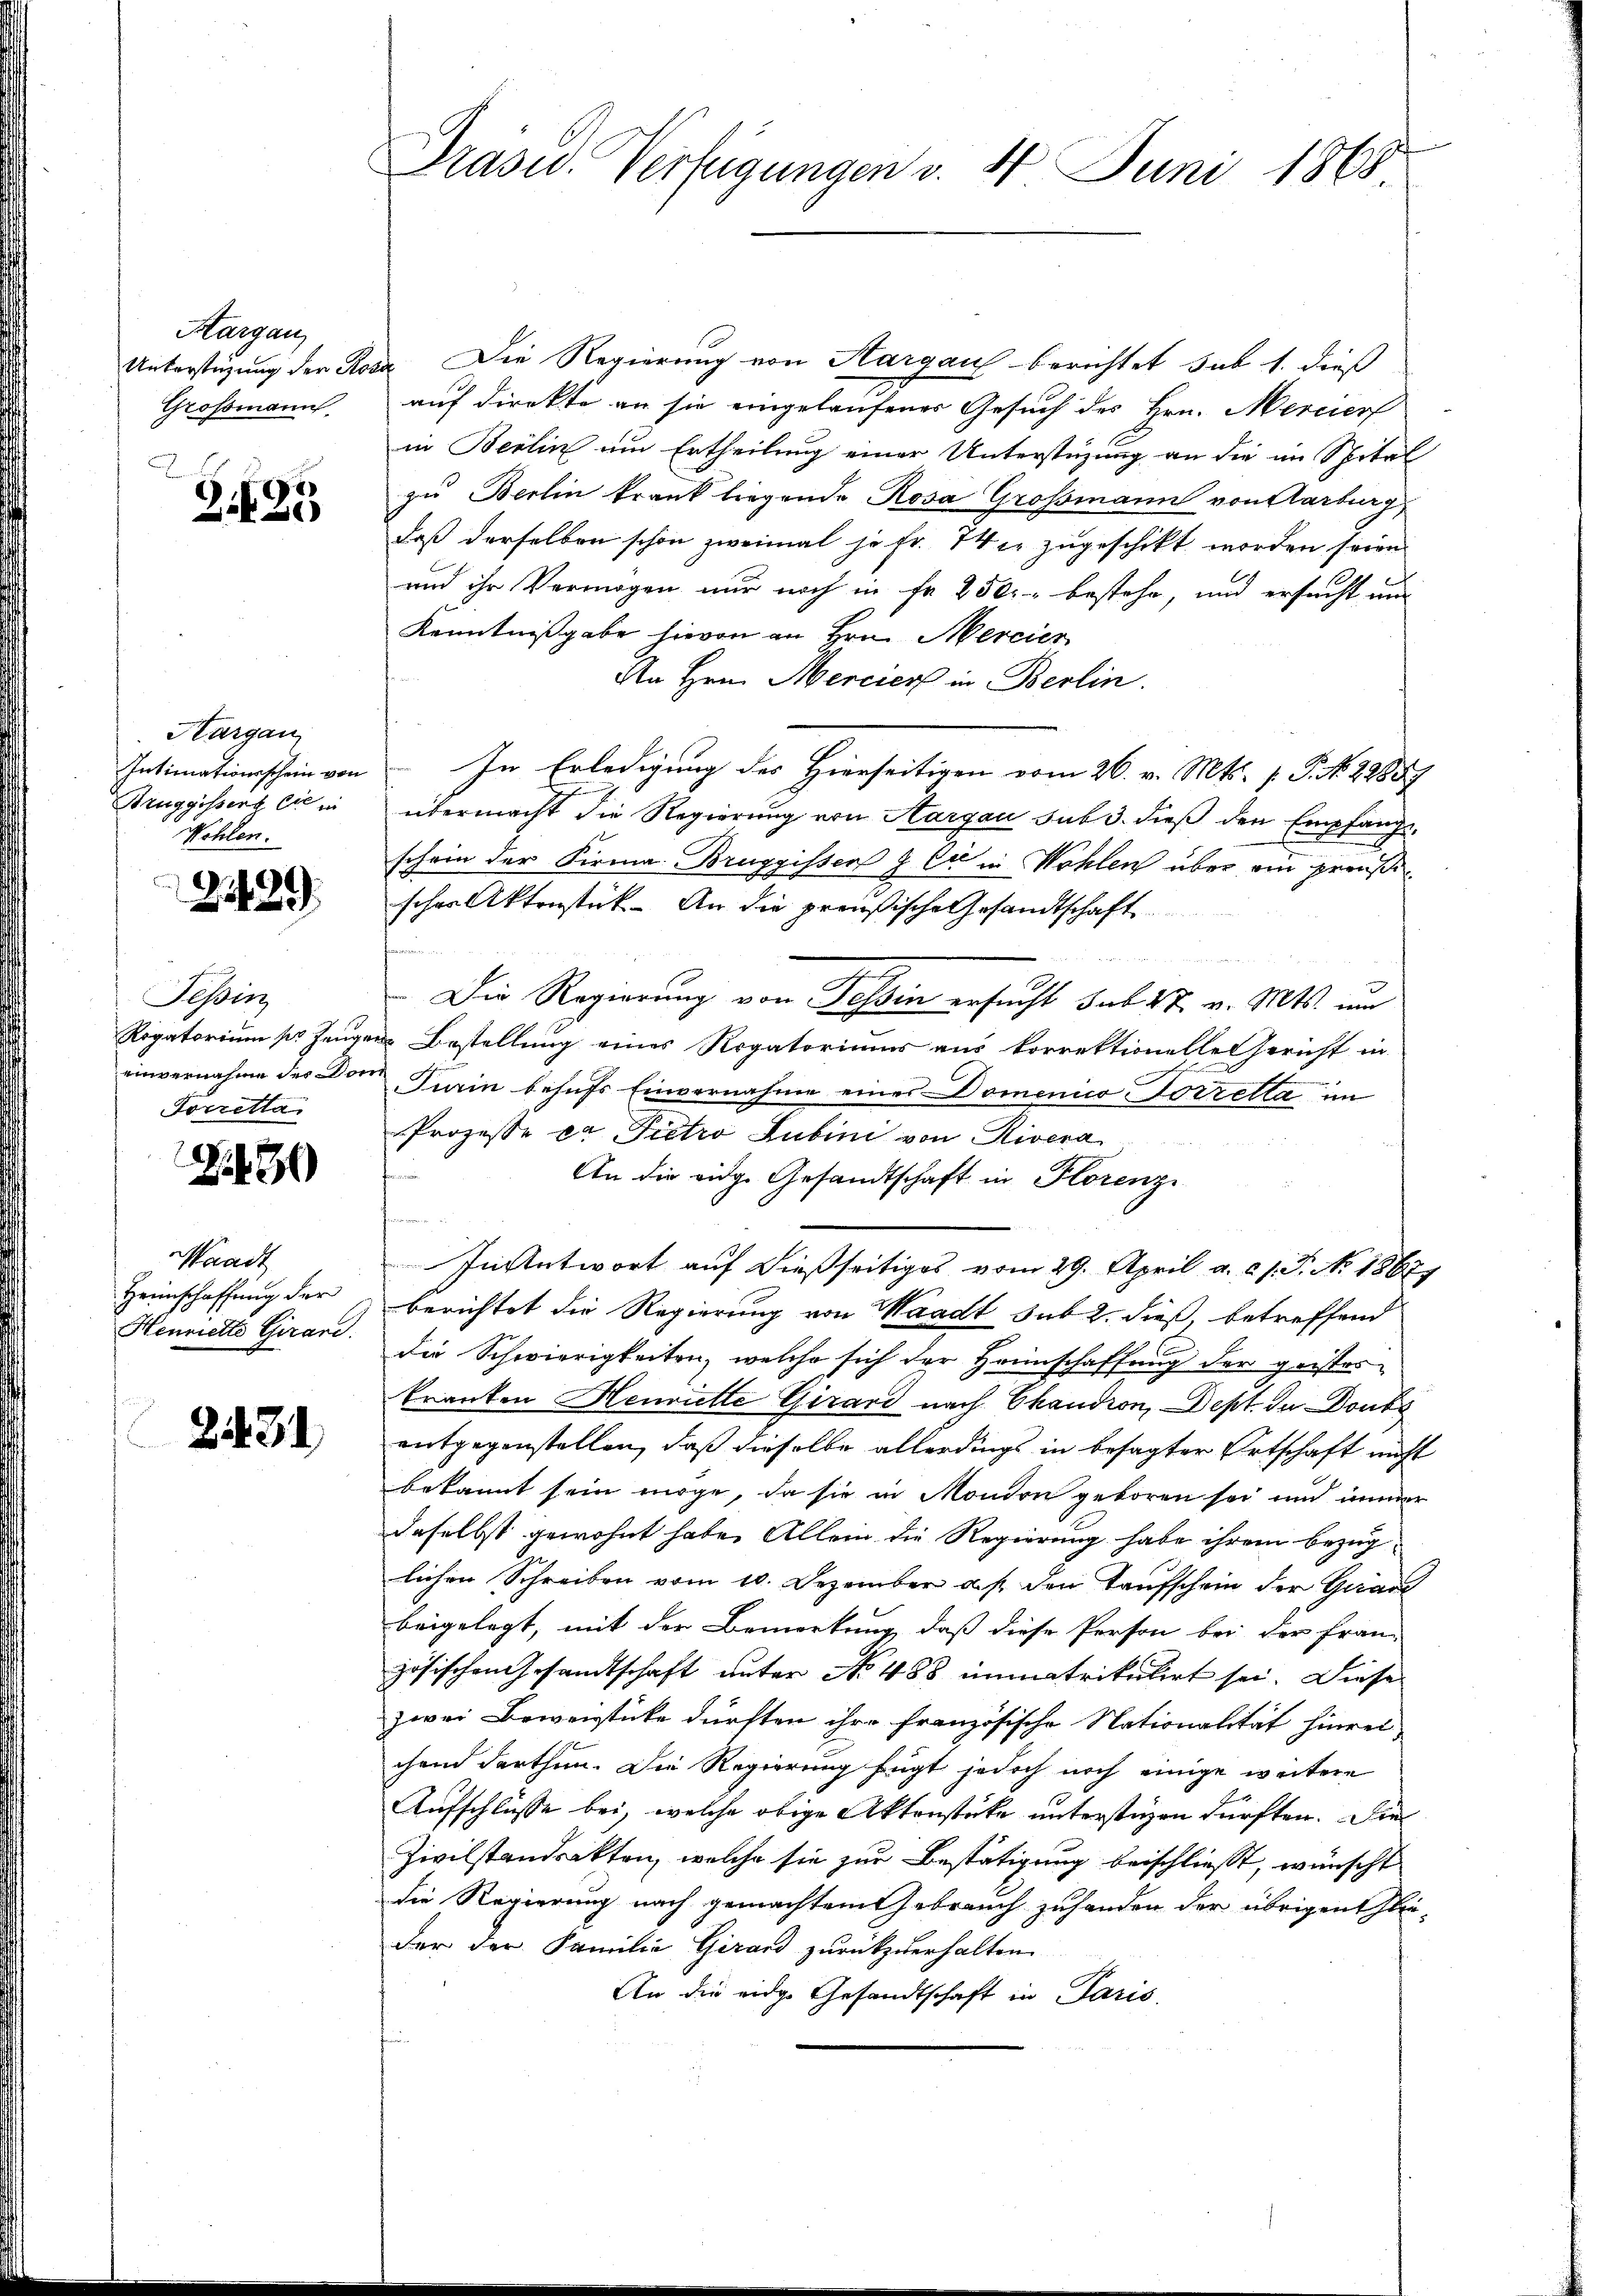
Hargau,
Grossmann

Z 195

Kargau,
Intimationsschein von
Bruggissert sie ein
Wohlen.

2129

Tessin
Rogatorium per Zeugen
einvernahme des Don
Forretta

30

Waadt
Heimschaffung der
Henriette Girard.

2431

Präsid.. Verfügungen v. 4. Juni 1868

Unterstüzung der Rosa. Die Regierung von Hargau berichtet sub 1. dieß
auf direkte an sie eingelaufenes Gesuch des Hrn. Mercier
in Berlin um Ertheilung einer Unterstüzung an die im Spital
zu Berlin krank liegende Rosa Grossmann von Karburg,
daß derselben schon zweimal je Fr. 74 in zugeschikt worden seien
und ihr Vermögen nur noch in fr. 250 bestehe, und ersucht und
Kenntnißgabe hievon an Hrn. Mercier
An Hrn. Mercier in Berlin.
In Erledigung des Hierseitigen vom 26. v. Mts. f. P. No. 28887
übermacht die Regierung von Aargau sub 3. dieß den Empfangeschein der Firma Bruggisser & Cie in Wohlen über ein preußi
scher Aktenstück. An die preußische Gesandtschaft
Die Regierung von Tessin ersucht sub 27. v. Mts. um
 Bestellung eines Rogatorium aus korrektionelle Gericht in
Turin behufs Einvernahme eines Domenico-Porrella im
Prozesse er Pietro Jubini von Rivera
An die eidge Gesandtschaft in Florenz
In Antwort auf dießseitiges vom 29. April a. c. J. J. No. 18627
berichtet die Regierung von Waadt sub 2. dieß betreffend
die Schwierigkeiten, welche sich der Heimschaffung der geister¬
Pranten Henriette Girard nach Skandion, Dept. In Donbe
entgegenstellen, daß dieselbe allerdings in besagter Ortschaft nicht
bekannt sein möge, da sie in Mondon geboren sei und immer
daselbst gewohnt habe. Allein die Regierung habe ihrem Bezuglichen Schreiben vom 10. Dezember a. p. den Taufschein der Garan
beigelegt, mit der Bemerkung, daß diese Person bei der fran-
zösischen Gesandtschaft unter No 488 immatrikulirt sei. Diese
zwei Beweisticke dürften ihre französische Nationalität hinrei
chen darthun. Die Regierung fügt jedoch noch einige weitere
Aufschlüsse bei, welche obige Aktenstücke unterstigen dürften. Die
Zivilstandsakten, welche sie zur Bestätigung beischließt, wünscht
die Regierung nach gemachtem Gebrauch zuhanden der übrigentlider der Familie Girard zurückzuerhalten
An die eidge Gesandtschaft in Paris